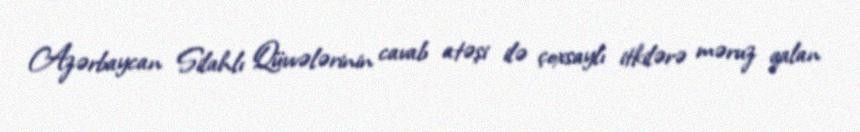
Azərbaycan Silahlı Qüvvələrinin cavab atəşi ilə çoxsaylı itkilərə məruz qalan